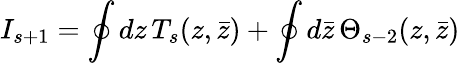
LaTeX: I_{s+1}=\oint dz\, T_{s}(z,\bar{z})+\oint d\bar{z}\, \Theta_{s-2}(z,\bar{z})